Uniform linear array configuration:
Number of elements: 48
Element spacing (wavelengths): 1
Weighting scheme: cosine
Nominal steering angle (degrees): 60
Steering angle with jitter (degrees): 58.486
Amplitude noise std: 0.05
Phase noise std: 0.05

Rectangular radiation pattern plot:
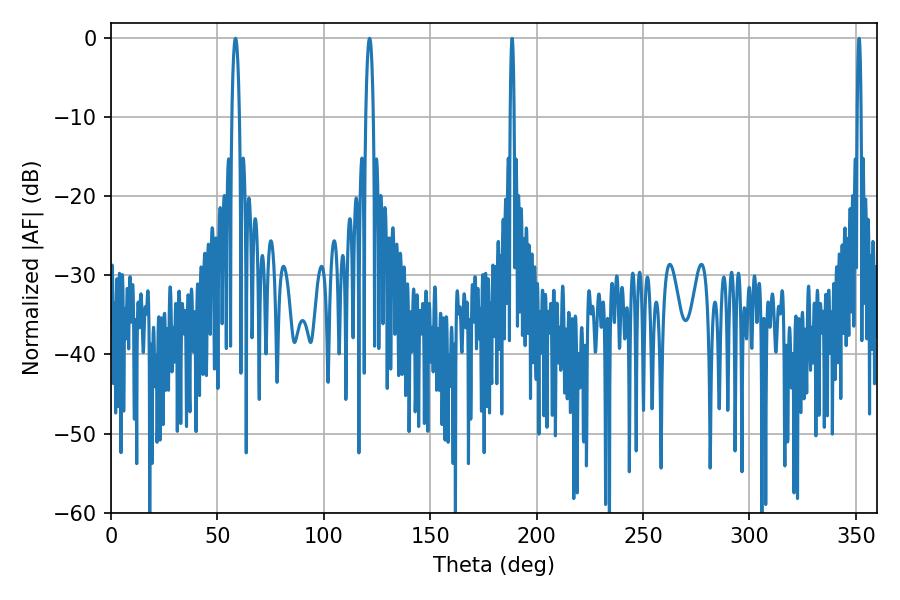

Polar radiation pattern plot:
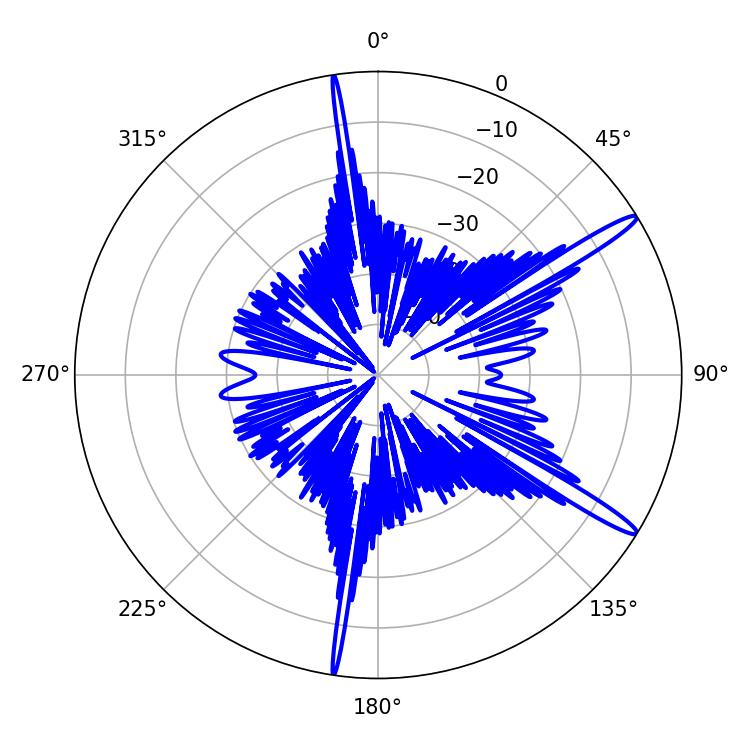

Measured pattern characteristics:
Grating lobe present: TRUE
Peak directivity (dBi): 15.105
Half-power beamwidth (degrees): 1.8
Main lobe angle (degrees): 121.5